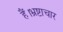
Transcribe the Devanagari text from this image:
हैं।भ्रष्टाचार